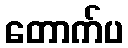
တောက်ပ